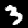
Digit: 3